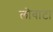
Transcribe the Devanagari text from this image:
लोवाटा